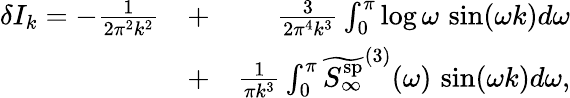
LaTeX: \begin{array}{rlr}{\delta I_{k}=-\frac{1}{2\pi^{2}k^{2}}}&{+}&{\frac{3}{2\pi^{4}k^{3}}\int_{0}^{\pi}\log\omega\, \sin(\omega k)d\omega}\\ &{+}&{\frac{1}{\pi k^{3}}\int_{0}^{\pi}\widetilde{{S_{\infty}^{\mathrm{sp}}}}^{(3)}(\omega)\, \sin(\omega k)d\omega,}\end{array}